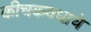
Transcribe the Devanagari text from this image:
कीचकवधाचे